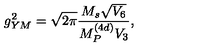
g _ { Y M } ^ { 2 } = \sqrt { 2 \pi } { \frac { M _ { s } \sqrt { V _ { 6 } } } { M _ { P } ^ { ( 4 d ) } V _ { 3 } } } ,